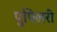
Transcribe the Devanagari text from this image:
पुपिलरी